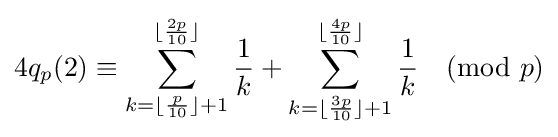
4q_{p}(2)\equiv \sum _{k=\lfloor {\frac {p}{10}}\rfloor +1}^{\lfloor {\frac {2p}{10}}\rfloor }{\frac {1}{k}}+\sum _{k=\lfloor {\frac {3p}{10}}\rfloor +1}^{\lfloor {\frac {4p}{10}}\rfloor }{\frac {1}{k}}{\pmod {p}}